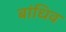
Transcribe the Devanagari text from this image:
बांधिव